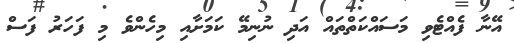
އޭނާ ފެއްޓެވި މަސައްކަތްތައް އަދި ނުނިމޭ ކަމަށާއި މިހެންވެ މި ފަހަރު ފަސް